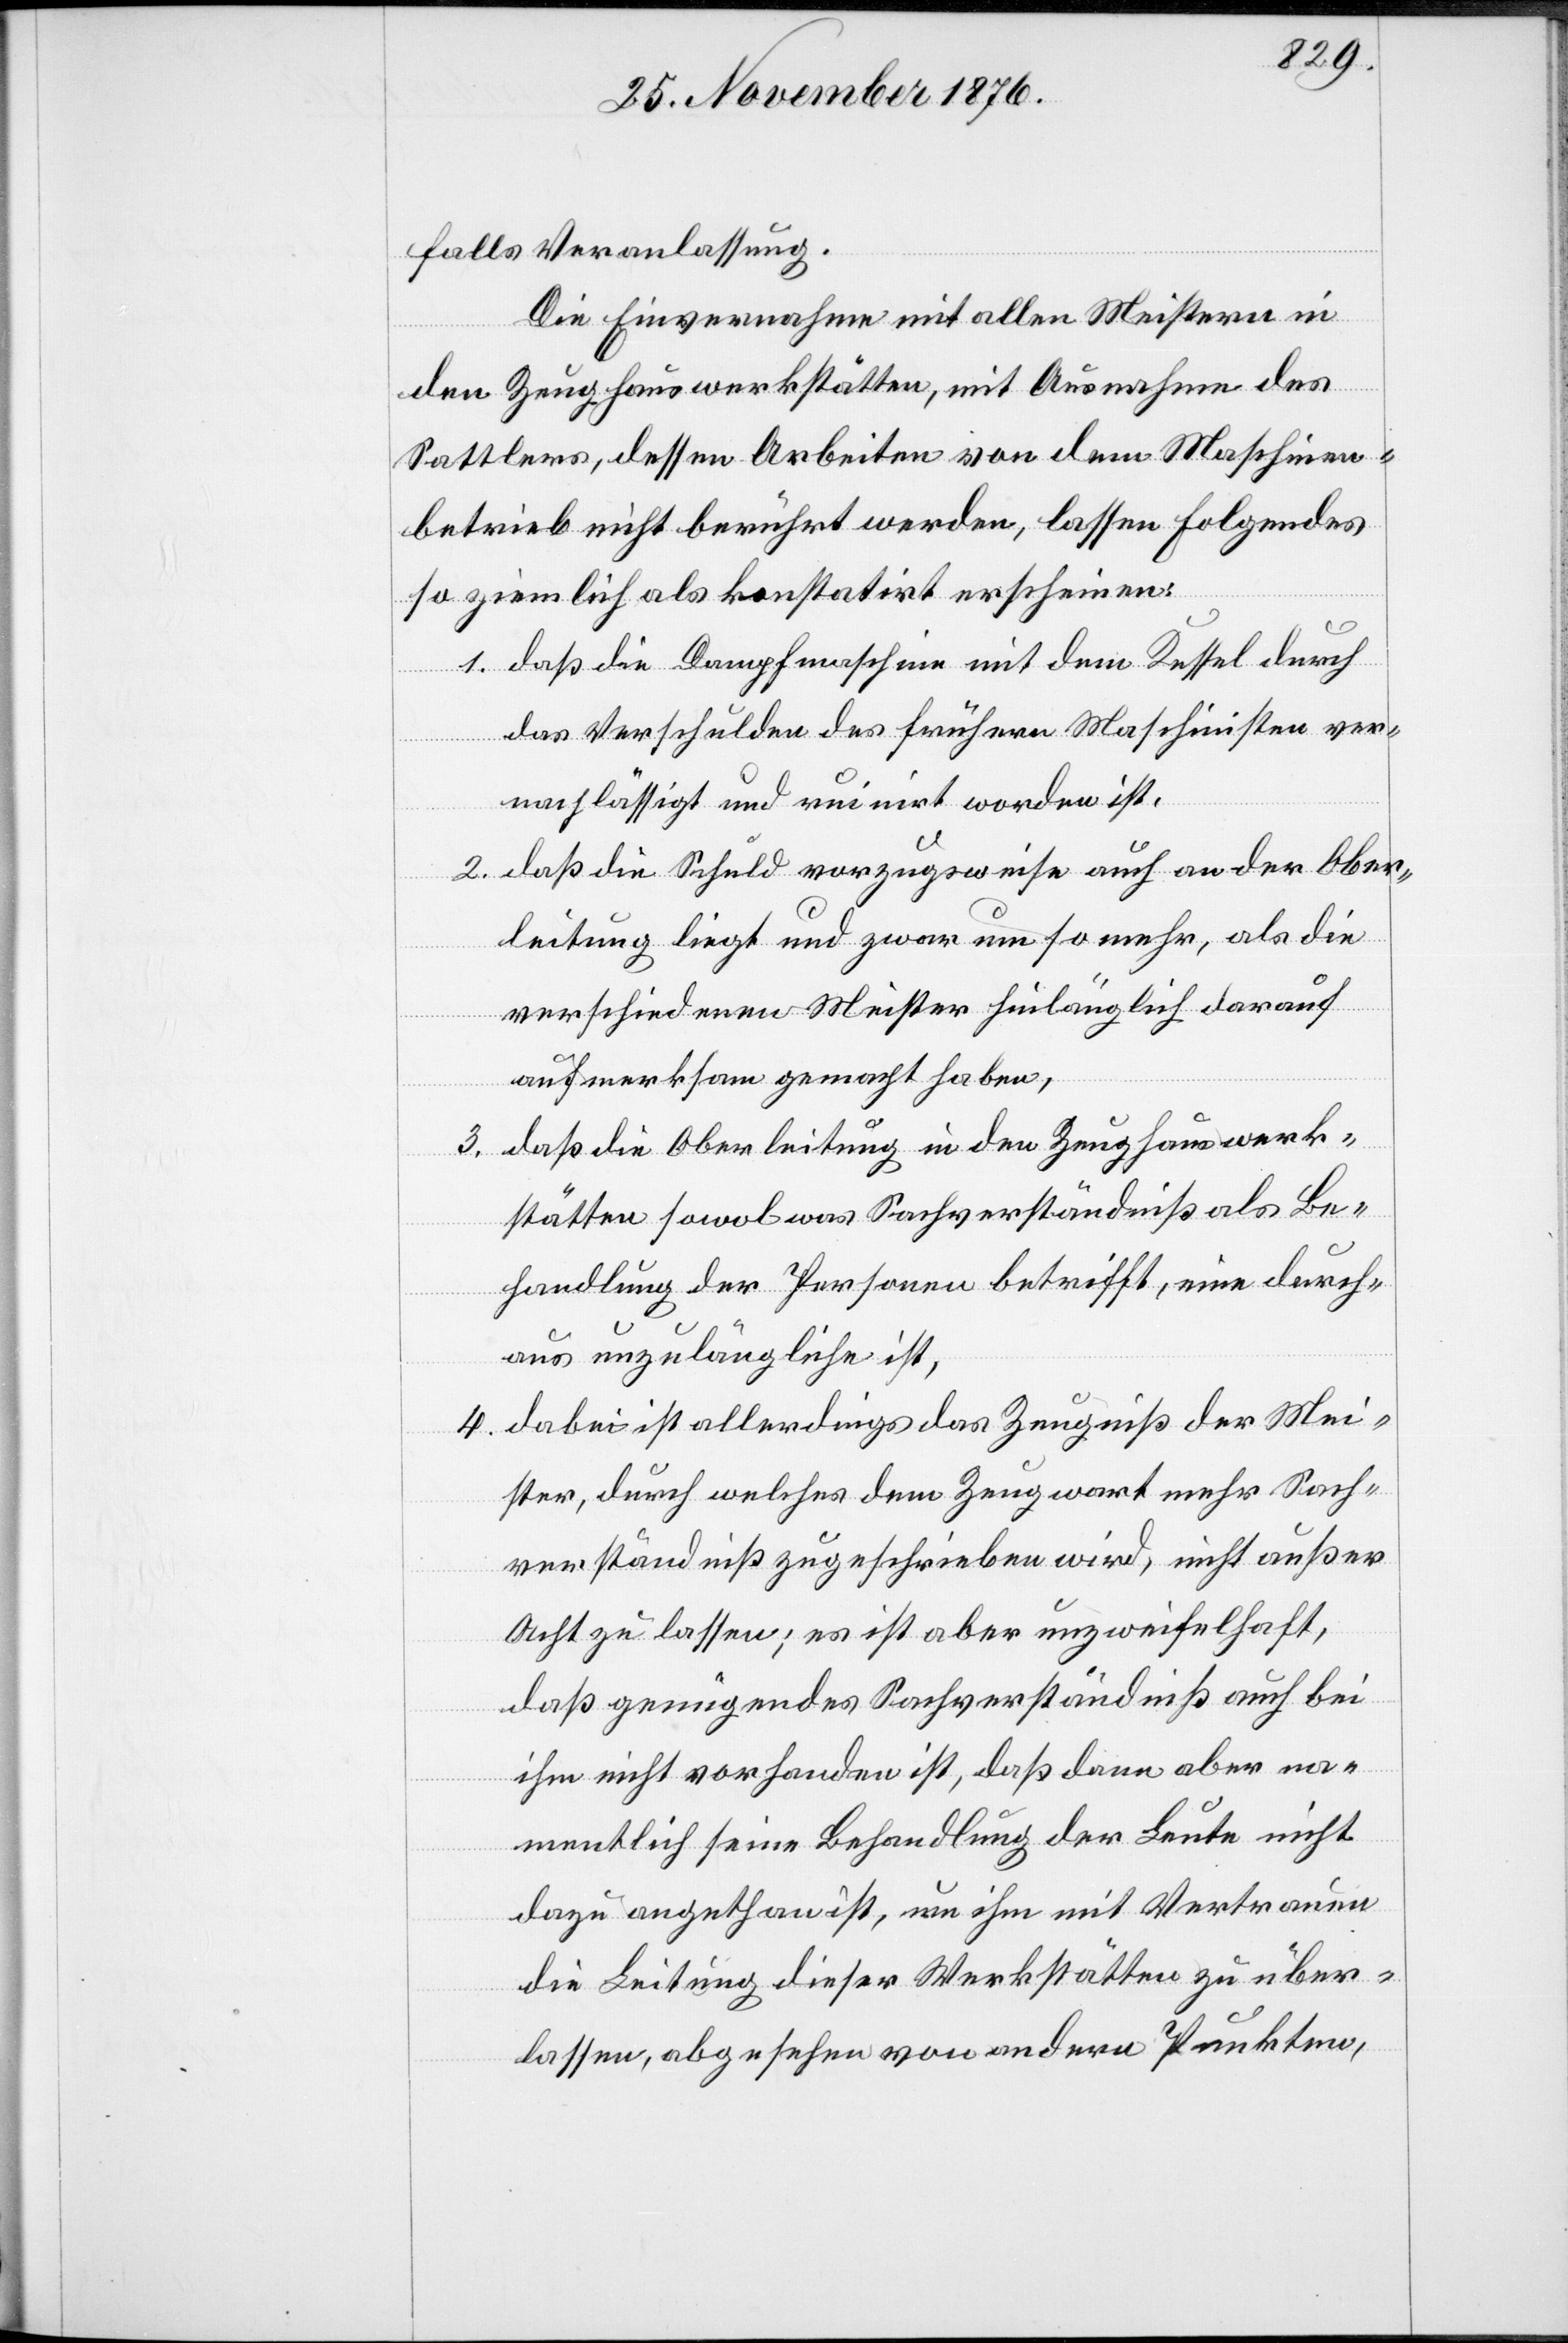
falls Veranlassung.
Die Einvernahme mit allen Meistern in
den Zeughauswerkstätten, mit Ausnahme des
Sattlers, dessen Arbeiten von dem Maschinen¬
betrieb nicht berührt werden, lassen Folgendes
so ziemlich als konstatirt erscheinen:
1. daß die Dampfmaschine mit dem Kessel durch
das Verschulden des frühern Maschinisten ver¬
nachlässigt und ruinirt worden ist.
2. daß die Schuld vorzugsweise auch an der Ober¬
leitung liegt und zwar um so mehr, als die
verschiedenen Meister hinlänglich darauf
aufmerksam gemacht haben,
3. daß die Oberleitung in den Zeughauswerk¬
stätten sowol was Sachverständniß als Be¬
handlung der Personen betrifft, eine durch¬
aus unzulängliche ist,
4. dabei ist allerdings das Zeugniß der Mei¬
ster, durch welches dem Zeugwart mehr Sach¬
verständniß zugeschrieben wird, nicht außer
Acht zu lassen; es ist aber unzweifelhaft,
daß genügendes Sachverständniß auch bei
ihm nicht vorhanden ist, daß dann aber na¬
mentlich seine Behandlung der Leute nicht
dazu angethan ist, um ihm mit Vertrauen
die Leitung dieser Werkstätten zu über¬
lassen, abgesehen von andern Punkten,